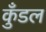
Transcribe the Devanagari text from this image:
कुँडल